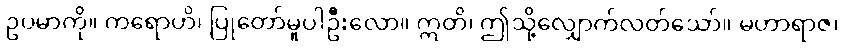
ဥပမာကို။ ကရောဟိ၊ ပြုတော်မူပါဦးလော။ ဣတိ၊ ဤသို့လျှောက်လတ်သော်။ မဟာရာဇ၊